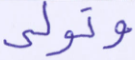
وتولى